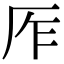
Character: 厏